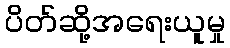
ပိတ်ဆို့အရေးယူမှု